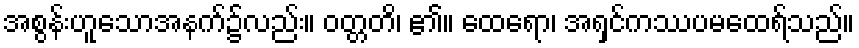
အစွန်းဟူသောအနက်၌လည်း။ ဝတ္တတိ၊ ၏။ ထေရော၊ အရှင်ကဿပမထေရ်သည်။